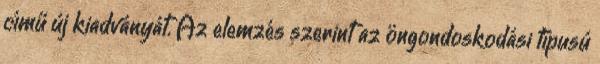
című új kiadványát. Az elemzés szerint az öngondoskodási típusú